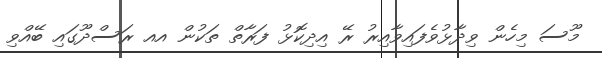
މޫސަ މިހެން ވިދާޅުވެފައިވާއިރު ރޭ އިދިކޮޅު ފަރާތް ތަކުން އއ ރަސްދޫގައި ބޭއްވި